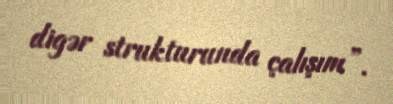
digər strukturunda çalışım”.